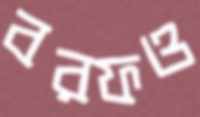
বরফও